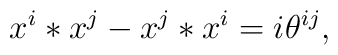
x^i*x^j-x^j*x^i=i\theta^{ij},